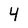
Character: 4